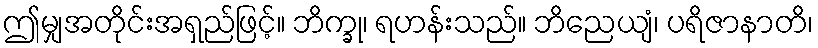
ဤမျှအတိုင်းအရှည်ဖြင့်။ ဘိက္ခု၊ ရဟန်းသည်။ ဘိညေယျံ၊ ပရိဇာနာတိ၊